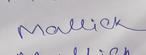
Signature authenticity: genuine